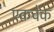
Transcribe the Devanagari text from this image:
एकचेक